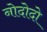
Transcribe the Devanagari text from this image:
नोदोदो